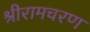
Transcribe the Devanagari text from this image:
श्रीरामचरण